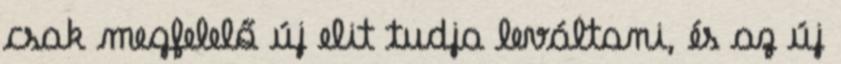
csak megfelelő új elit tudja leváltani, és az új